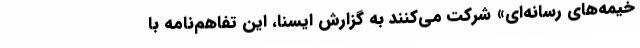
خیمه‌های رسانه‌ای» شرکت می‌کنند به گزارش ایسنا، این تفاهم‌نامه با